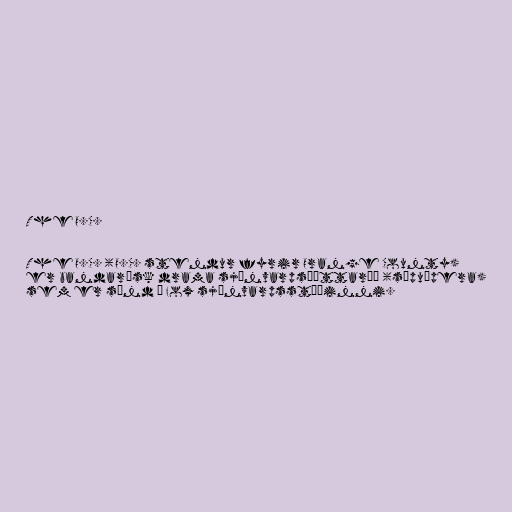
The O.C.

The O.C. (O.C. stendur fyrir Orange County)
er bandarísk drama sjónvarpsþáttaröð (sápuópera)
sem er sýnd á Fox sjónvarpsstöðinni.